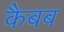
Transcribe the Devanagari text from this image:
कैबब